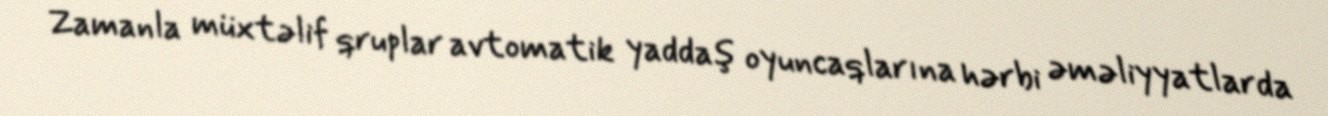
Zamanla müxtəlif qruplar avtomatik yaddaş oyuncaqlarına hərbi əməliyyatlarda